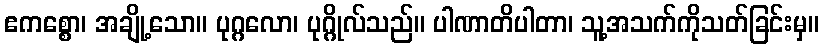
ဧကစ္စော၊ အချို့သော။ ပုဂ္ဂလော၊ ပုဂ္ဂိုလ်သည်။ ပါဏာတိပါတာ၊ သူ့အသက်ကိုသတ်ခြင်းမှ။